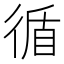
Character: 循